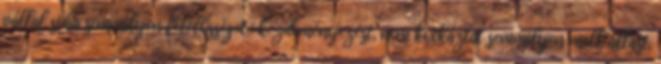
vállal soha semmilyen felelősséget,: kezdeményezést, nem kockáztat semmilyen melléállást,